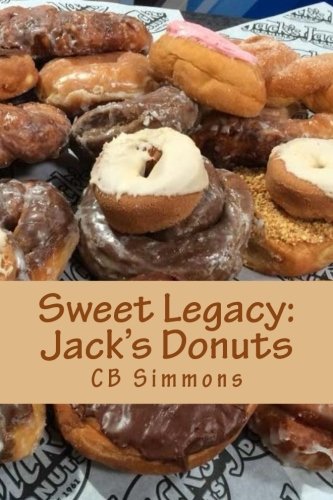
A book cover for Sweet Legacy -- Jack's Donuts; CB Simmons; Parenting & Relationships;